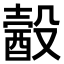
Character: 𣫈